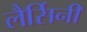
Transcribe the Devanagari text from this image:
लैर्सिनी